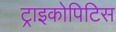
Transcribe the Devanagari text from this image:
ट्राइकोपिटिस